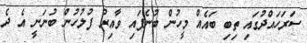
ސަރަހައްދުގައި ތިބި ބައެއް މީހުން ބުނެފައި ވާއިރު ފުލުހުން ބުނަނީ އެ ދެ